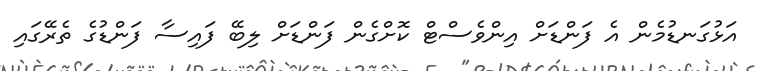
އަޅުގަނޑުމެން އެ ފަންޑަށް އިންވެސްޓް ކޮށްގެން ފަންޑަށް ލިބޭ ފައިސާ ފަންޑުގެ ތެރޭގައި